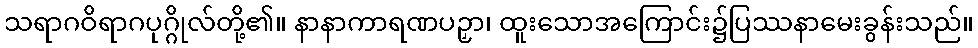
သရာဂဝိရာဂပုဂ္ဂိုလ်တို့၏။ နာနာကာရဏပဉှာ၊ ထူးသောအကြောင်း၌ပြဿနာမေးခွန်းသည်။